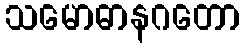
သမောဓာနဂတော